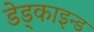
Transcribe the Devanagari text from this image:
डेड्काइन्ड